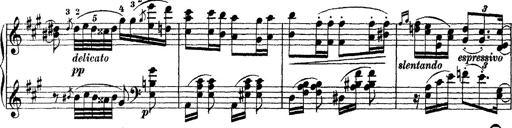
Title: Grande fantasie di bravura sur La clochette
Composer: Franz Liszt
Key: A minor